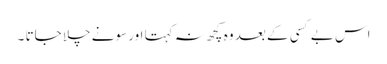
اس بے کسی کے بعد وہ کچھ نہ کہتا اور سونے چلا جاتا ۔